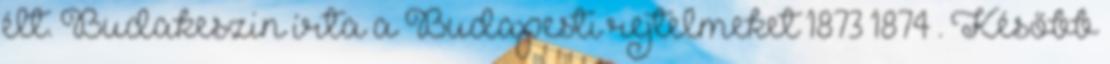
élt. Budakeszin írta a Budapesti rejtelmeket 1873–1874 . Később